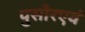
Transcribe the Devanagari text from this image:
पुसौरएवं